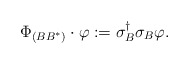
\begin{align*}\Phi_{(BB^*)}\cdot\varphi :=\sigma_{B}^\dag\sigma_{B}\varphi.\end{align*}